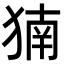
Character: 𬌹